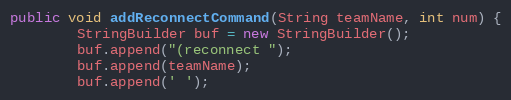
Language: Java
public void addReconnectCommand(String teamName, int num) {
        StringBuilder buf = new StringBuilder();
        buf.append("(reconnect ");
        buf.append(teamName);
        buf.append(' ');